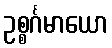
ဥစ္စင်္ဂမာယော